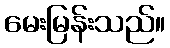
မေးမြန်းသည်။